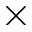
\times